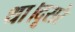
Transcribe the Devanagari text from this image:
था।दूसरे